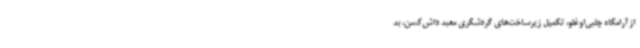
از آرامگاه چلبی‌اوغلو، تکمیل زیرساخت‌های گردشگری معبد داش‌کسن، بد